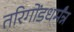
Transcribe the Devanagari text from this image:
तरिगोंडधर्मंन्न